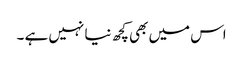
اس میں بھی کچھ نیا نہیں ہے ۔